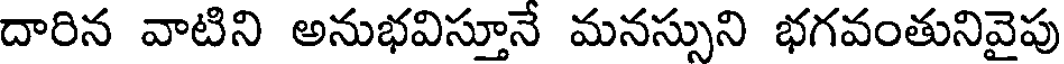
దారిన వాటిని అనుభవిస్తూనే మనస్సుని భగవంతునివైపు